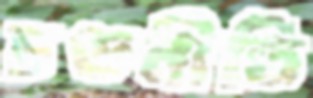
চণ্ডনীতি